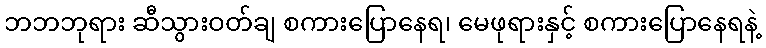
ဘဘဘုရား ဆီသွားဝတ်ချ စကားပြောနေရ၊ မေဖုရားနှင့် စကားပြောနေရနဲ့